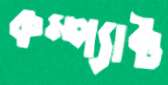
কম্প্যাক্ট